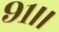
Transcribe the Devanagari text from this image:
९१।।